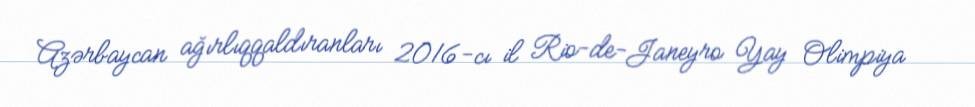
Azərbaycan ağırlıqqaldıranları 2016-cı il Rio-de-Janeyro Yay Olimpiya